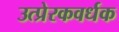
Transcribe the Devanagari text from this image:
उत्प्रेरकवर्धक